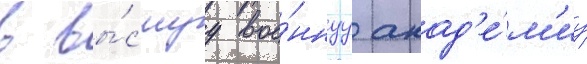
в вы́сшуу вое́ннуу акад'е́м'иу